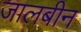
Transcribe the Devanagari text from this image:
जालबीन